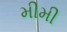
મીમી